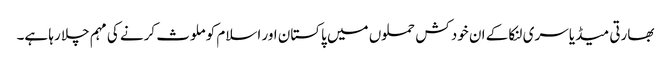
بھارتی میڈیا سری لنکا کے ان خود کش حملوں میں پاکستان اور اسلام کو ملوث کرنے کی مہم چلا رہا ہے۔